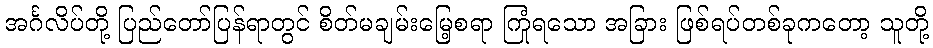
အင်္ဂလိပ်တို့ ပြည်တော်ပြန်ရာတွင် စိတ်မချမ်းမြေ့စရာ ကြုံရသော အခြား ဖြစ်ရပ်တစ်ခုကတော့ သူတို့